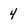
Character: 4